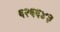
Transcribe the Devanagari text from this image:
६२६६४३